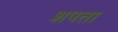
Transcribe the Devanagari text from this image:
शपता